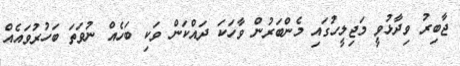
ޖާބިރު ވިދާޅުވީ މަޖިލީހުގައި މެންބަރުން ވާހަކަ ދައްކަން ވަކި ބަހެއް ނުވަތަ ބަހުރުވައެއް